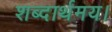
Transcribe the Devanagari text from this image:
शब्दार्थमय।